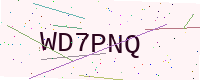
Text: WD7PNQ